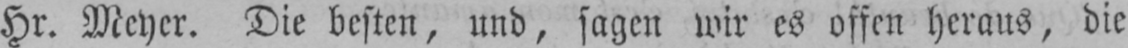
Hr. Meyer. Die besten, und, sagen wir es offen heraus, die